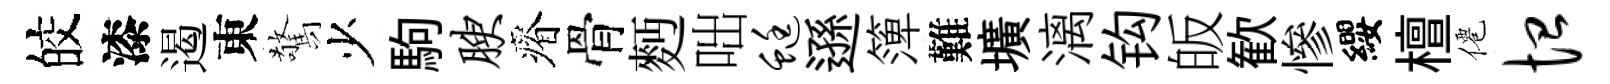
皎漆遏東驚少駒腴瘠骨麪咄蜓遜𥱼難壙漓钩皈歓慘纓檀僊恤